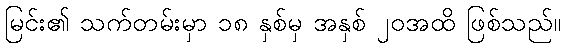
မြင်း၏ သက်တမ်းမှာ ၁၈ နှစ်မှ အနှစ် ၂၀အထိ ဖြစ်သည်။